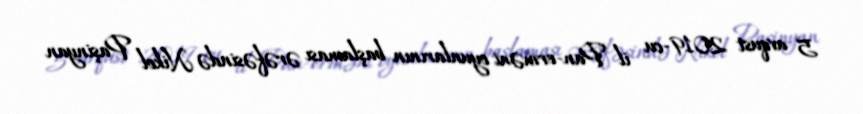
5 avqust 2019-cu il Pan-erməni oyunlarının başlaması ərəfəsində Nikol Paşinyan